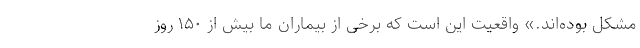
مشکل بوده‌اند.» واقعیت این است که برخی از بیماران ما بیش از ۱۵۰ روز